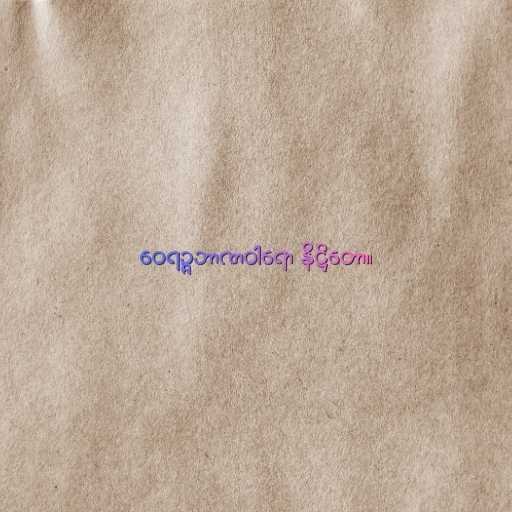
ဝေရဉ္ဇဘာဏဝါရော နိဋ္ဌိတော။